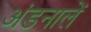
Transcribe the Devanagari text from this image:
अंडनालें